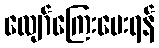
လျော်ကြေးပေးရန်